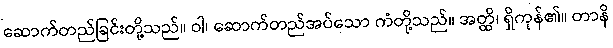
ဆောက်တည်ခြင်းတို့သည်။ ဝါ၊ ဆောက်တည်အပ်သော ကံတို့သည်။ အတ္ထိ၊ ရှိကုန်၏။ တာနိ